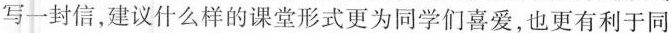
写一封信，建议什么样的课堂形式更为同学们喜爱，也更有利于同